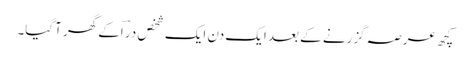
کچھ عرصہ گزرنے کے بعد ایک دن ایک شخص در ؔاکے گھر آگیا۔